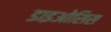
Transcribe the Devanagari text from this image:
डाइओसिस